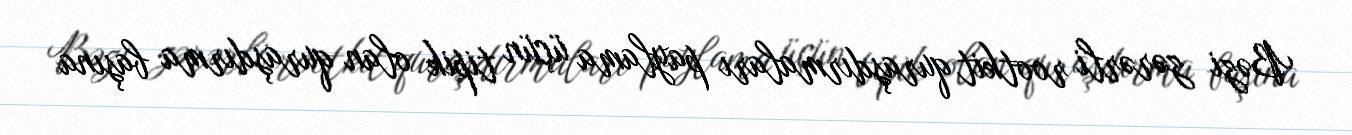
Bəzi zərərli rootkit quraşdırmaları paylama üçün tipik olan quraşdırma başına